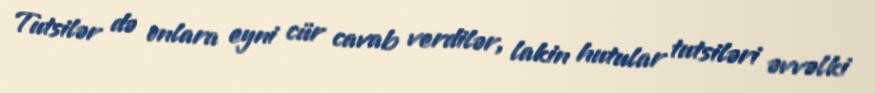
Tutsilər də onlara eyni cür cavab verdilər, lakin hutular tutsiləri əvvəlki